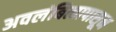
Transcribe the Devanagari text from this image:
अवलंबित्वापासून